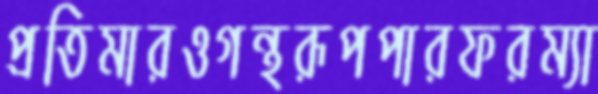
প্রতিমারওগন্থরূপপারফরম্যা